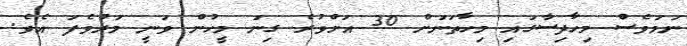
ނަމަވެސް މިހާދިސާގައި މިހާތަނަށް 30 އަށްވުރެ ގިނަ މީހުން ވަނީ މަރުވެފަ އެވެ.